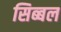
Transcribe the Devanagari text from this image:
सिब्‍बल